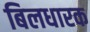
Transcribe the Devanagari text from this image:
बिलधारक